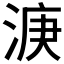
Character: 𣷄